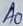
Text: A0